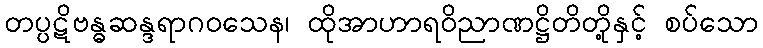
တပ္ပဋိဗန္ဓဆန္ဒရာဂဝသေန၊ ထိုအာဟာရဝိညာဏဋ္ဌိတိတို့နှင့် စပ်သော